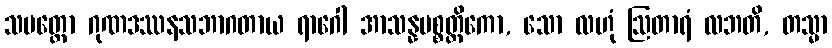
သပတ္တော ဂုဏဒဿနသဘာဂတာယ ရာဂေါ အာသန္နပစ္စတ္ထိကော, သော လဟုံ ဩတာရံ လဘတိ, တသ္မာ